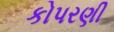
કોપરણી